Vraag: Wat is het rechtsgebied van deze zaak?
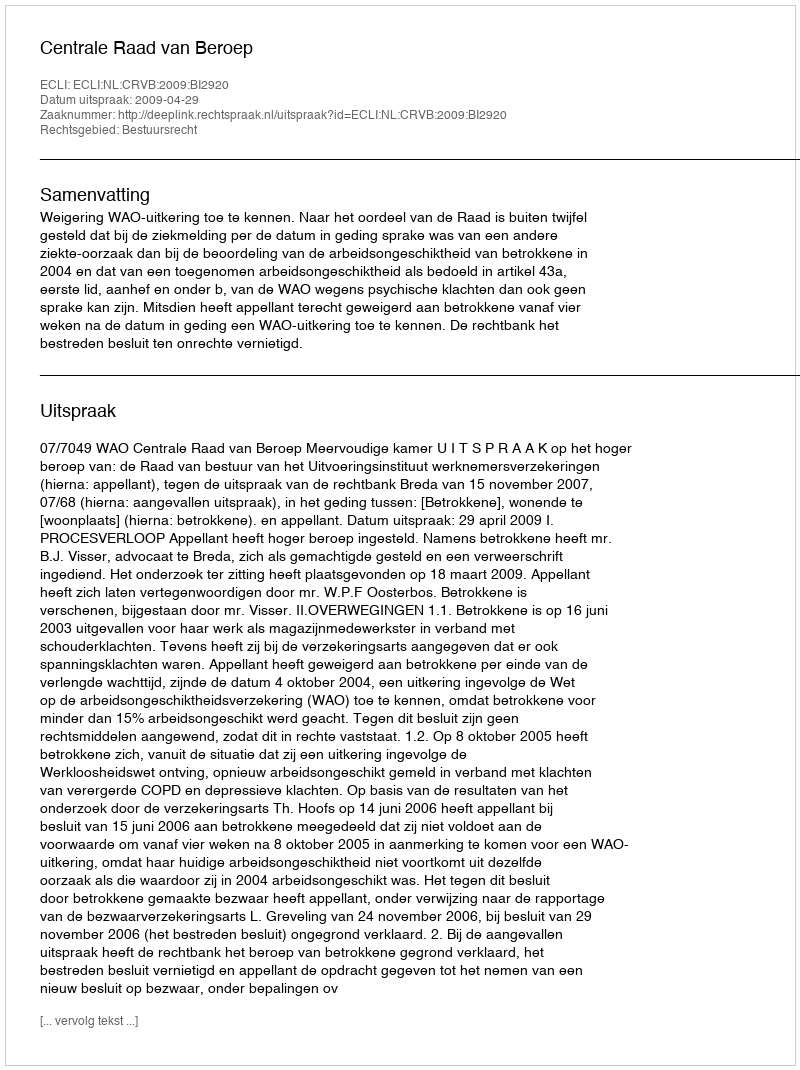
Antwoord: Bestuursrecht